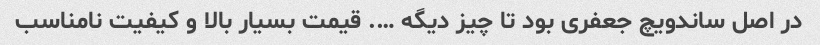
در اصل ساندویچ جعفری بود تا چیز دیگه …. قیمت بسیار بالا و کیفیت نامناسب